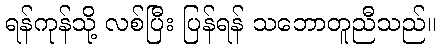
ရန်ကုန်သို့ လစ်ပြီး ပြန်ရန် သဘောတူညီသည်။